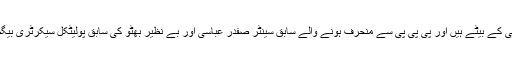
معظم علی عباسی حاجی منور عباسی کے بیٹے ہیں اور پی پی پی سے منحرف ہونے والے سابق سینٹر صفدر عباسی اور بے نظیر بھٹو کی سابق پولیٹکل سیکرٹری بیگم ناہید خان عباسی کے بھیتجے ہیں۔